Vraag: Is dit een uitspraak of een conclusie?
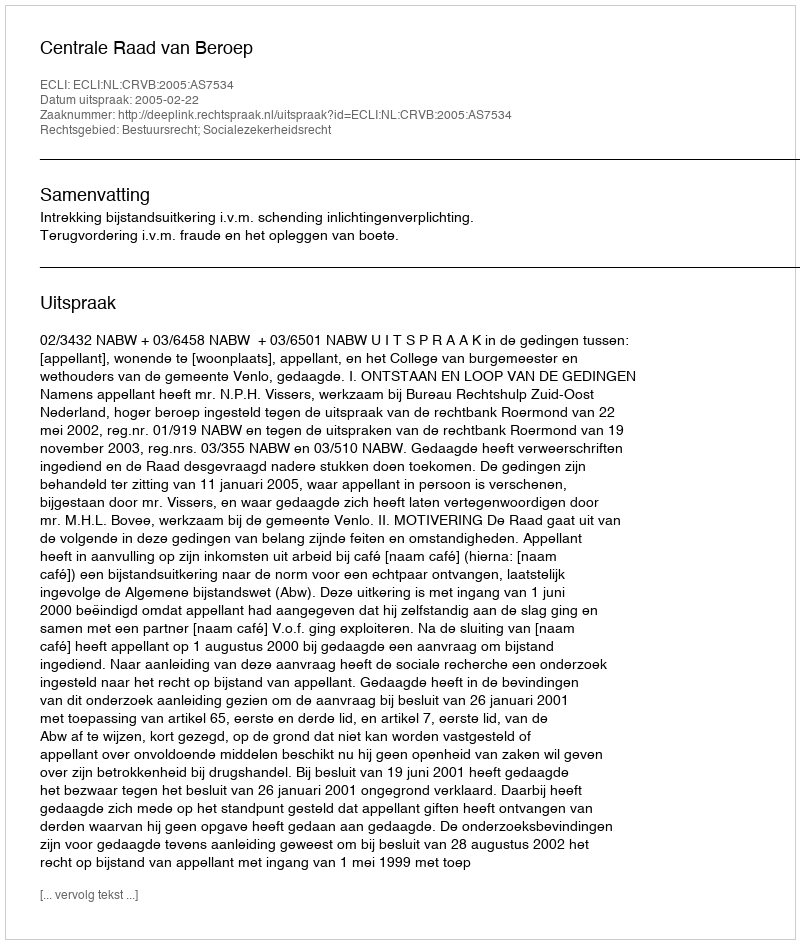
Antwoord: Uitspraak